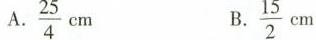
A. $$\frac{25}{4}$$cm B. $$\frac{15}{2}$$cm